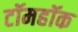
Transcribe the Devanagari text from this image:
टॉमहॉक